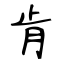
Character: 肯